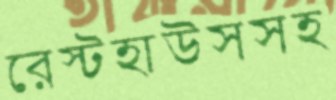
রেস্টহাউসসহ